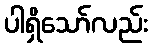
ပါရှိသော်လည်း